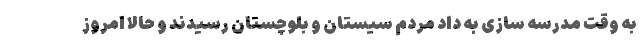
به وقت مدرسه سازی به داد مردم سیستان و بلوچستان رسیدند و حالا امروز